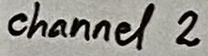
Text: channel 2